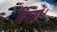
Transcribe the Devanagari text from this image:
हिस्सों।